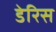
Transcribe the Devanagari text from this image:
डेरिस